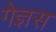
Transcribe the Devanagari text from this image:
गेज्ञस